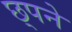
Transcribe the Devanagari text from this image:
छ्पने